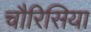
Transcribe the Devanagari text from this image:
चौरिसिया